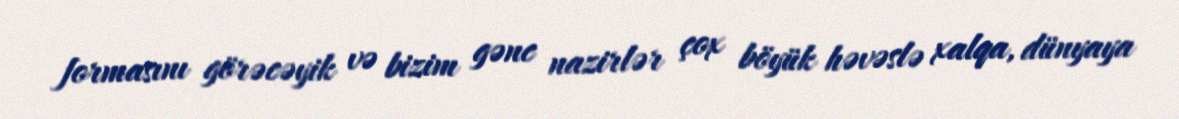
formasını görəcəyik və bizim gənc nazirlər çox böyük həvəslə xalqa, dünyaya